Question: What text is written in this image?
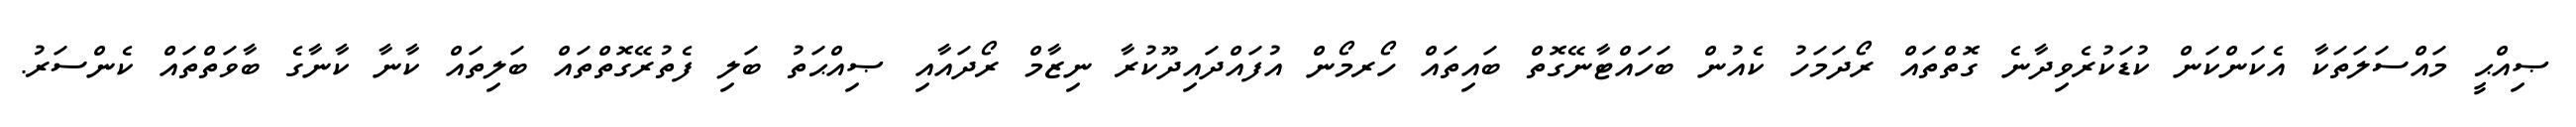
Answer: ޞިއްޙީ މައްސަލަތަކާ އެކަންކަން ކުޑަކުރެވިދާނެ ގޮތްތައް ރޯދަމަހު ކެއުން ބަހައްޓާނޭގޮތް ބައިތައް ހޯރމޯން އުފައްދައިދޫކުރާ ނިޒާމް ރޯދައާއި ޞިއްޙަތު ބަލި ފެތުރޭގޮތްތައް ބަލިތައް ކާނާ ކާނާގެ ބާވަތްތައް ކެންސަރު.